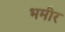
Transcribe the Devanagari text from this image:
भमीर